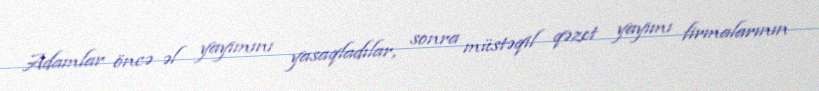
Adamlar öncə əl yayımını yasaqladılar, sonra müstəqil qəzet yayımı firmalarının